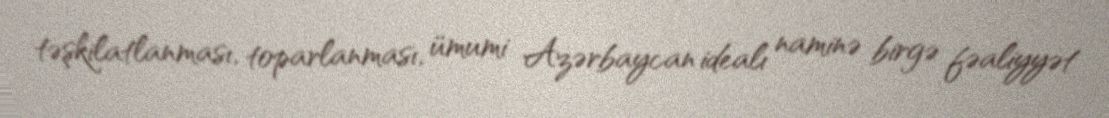
təşkilatlanması, toparlanması, ümumi Azərbaycan idealı naminə birgə fəaliyyət